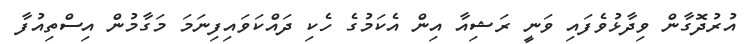
އުރުދޮގާން ވިދާޅުވެފައި ވަނީ ރަޝިއާ އިން އެކަމުގެ ހެކި ދައްކަވައިފިނަމަ މަގާމުން އިސްތިއުފާ